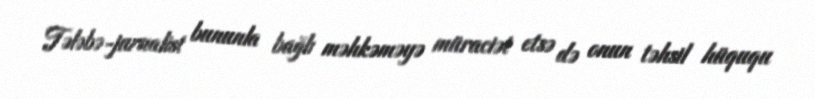
Tələbə-jurnalist bununla bağlı məhkəməyə müraciət etsə də onun təhsil hüququ